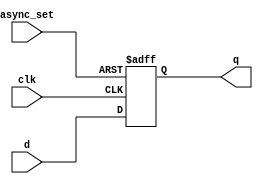


module dff_async_set ( input clk ,  input async_set , input d , output reg q );
always @ (posedge clk , posedge async_set)
begin
	if(async_set)
		q <= 1'b1;
	else	
		q <= d;
end
endmodule